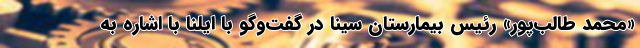
«محمد طالب‌پور» رئیس بیمارستان سینا در گفت‌وگو با ایلنا با اشاره به